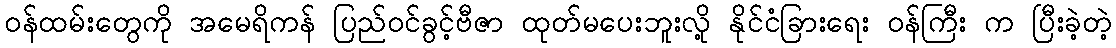
ဝန်ထမ်းတွေကို အမေရိကန် ပြည်ဝင်ခွင့်ဗီဇာ ထုတ်မပေးဘူးလို့ နိုင်ငံခြားရေး ဝန်ကြီး က ပြီးခဲ့တဲ့